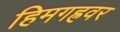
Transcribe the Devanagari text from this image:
हिमगह्रवर